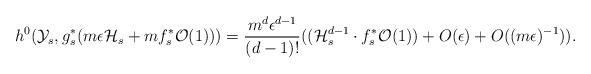
LaTeX: \begin{align*}h^0(\mathcal{Y}_s,g_s^*(m\epsilon \mathcal{H}_s+mf_s^*\mathcal{O}(1)))=\frac{m^{d}\epsilon^{d-1}}{(d-1)!}((\mathcal{H}_s^{d-1}\cdot f_s^*\mathcal{O}(1))+O(\epsilon)+O((m\epsilon)^{-1})).\end{align*}